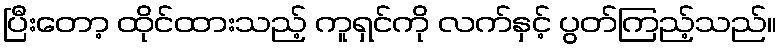
ပြီးတော့ ထိုင်ထားသည့် ကူရှင်ကို လက်နှင့် ပွတ်ကြည့်သည်။